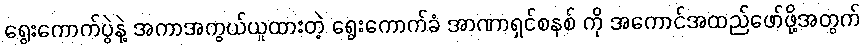
ရွေးကောက်ပွဲနဲ့ အကာအကွယ်ယူထားတဲ့ ရွေးကောက်ခံ အာဏာရှင်စနစ် ကို အကောင်အထည်ဖော်ဖို့အတွက်